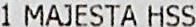
1 MAJESTA HSS